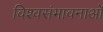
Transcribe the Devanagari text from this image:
विश्वसंभावनाओं